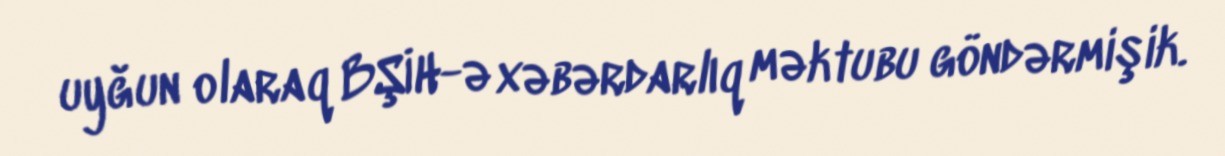
uyğun olaraq BŞİH-ə xəbərdarlıq məktubu göndərmişik.